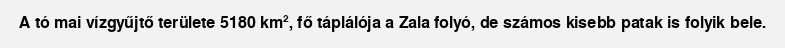
A tó mai vízgyűjtő területe 5180 km², fő táplálója a Zala folyó, de számos kisebb patak is folyik bele.